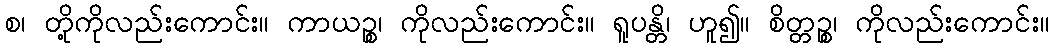
စ၊ တို့ကိုလည်းကောင်း။ ကာယဉ္စ၊ ကိုလည်းကောင်း။ ရူပန္တိ၊ ဟူ၍။ စိတ္တဉ္စ၊ ကိုလည်းကောင်း။